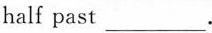
half past___.